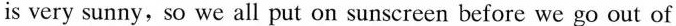
is very sunny, so we all put on sunscreen before we go out of